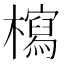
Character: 𣞐